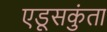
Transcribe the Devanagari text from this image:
एडूसकुंता